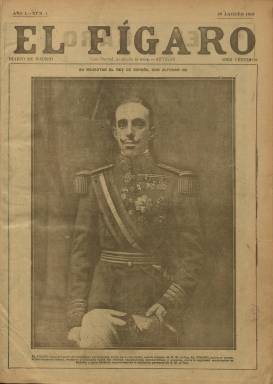
Título: El Fígaro (Madrid. 1918)
Colección: Periódicos
Ámbito geográfico: Madrid
Lugar de publicación: Madrid
Fechas: 15/08/1918-01/04/1920

“Diario de Madrid” y “diario gráfico de información” son los subtítulos que adopta este periódico matutino, que saldrá todos los días de la semana y que por su formato tabloide se acerca al estilo del magacín, “fastuoso en su presentación” –a juicio de su coetáneo El Sol–, de veinte páginas por número, profusa y magistralmente ilustradas con fotografías (Seoane y Saiz: 1996) y con un precio de venta de diez céntimos, el doble que el habitual, que comenzó a publicarse tres meses antes de finalizar la primera guerra mundial. Sus fundadores y propietarios fueron un joven y rico uruguayo, Manuel Allende, y el industrial del textil catalán José María de Boét, poniéndose su hermano –Andrés Boét– al frente de la dirección. El redactor-jefe será el poeta, dramaturgo y periodista Enrique López Alarcón (1891-1948), y su primer gerente, Miguel de Maeztu Whitney (hermano de Ramiro de Maeztu). Contó con talleres de impresión propios y llegará a tirar hasta seis ediciones, siendo la primera la difundida en provincias. Por la misma época, mientras Allende fundará y financiará también la revista literaria Cosmópolis (1919-1922), los hermanos Boét se harán asimismo con la propiedad y dirección del diario madrileño El Mundo (1907), a la vez que Andrés obtiene acta de diputado por el partido liberal.

En su primer número, del 15 de agosto de 1918, bajo la fotografía de Alfonso XIII, que ocupa completa su portada, además de acatar la “legalidad monárquica”, El Fígaro se declara "ardientemente liberal, moderno y avanzado hasta las últimas aspiraciones democráticas y sociales”. Igualmente dedicará gran atención a la vida social de la Familia Real, como fueron sus actividades veraniegas, con excelentes reportajes fotográficos, al tiempo que en sus primeros meses y como aliadófilo difundirá profusamente el material gráfico proporcionado por los servicios de propaganda de los países en guerra –especialmente de Estados Unidos– contra los de la Tripe Alianza. Asimismo, su actitud pro-feminista se verá reflejada en una sección bajo el epígrafe Mujeres en la guerra o en los textos de una de sus redactoras habituales, María de Lluria, considerada una de las primeras feministas españolas y a la que se le llega a llamar “la marquesa roja”. Tras finalizar la guerra, el 23 de noviembre de 1918 sacará un número extraordinario, de 88 páginas, dedicado al armisticio bajo el título El Número de la paz.

La situación social y la actividad sindical obrera y huelguística fueron otras de las cuestiones a las que prestó atención, con reportajes como los que publica sobre los suburbios madrileños, y dedicará también especial atención a las actividades del Partido Socialista Obrero Español (PSOE), como fue la celebración de su congreso federal. Es más, entre sus colaboradores asiduos contó desde el principio con el minero, tipógrafo y escritor socialista Eduardo Torralba Beci (1881-1929), al que se sumarán Indalecio Prieto (1883-1962), Oscar Pérez Solís (1882-1951) o Margarita Nelken (1894-1968). Uno de sus articulistas más destacados llegará a ser Luis Araquistáin (1886-1959), pero también entre sus colaboradores estuvieron Felipe Sassone (1884-1959), Manuel Abril (1884-1843), Ricardo Fuente Asencio (1866-1925) o Royo Villanueva. Asimismo publica textos de Rafael Altamira (1866-1951), Salvador de Madariaga (1886-1978) o Luis Bello (1872-1935).

Durante el tiempo que duró el conflicto europeo, sus principales páginas ilustradas (las primeras y las últimas principalmente, con fotos y pies de texto) estarán dedicadas a secciones como Notas de la guerra, Miscelánea gráfica o Actualidad gráfica. Las restantes, compuestas a cinco columnas, las ocuparán los artículos, reportajes, crónicas, informaciones y noticias, con secciones como La política del día, Las rutas de América, El mundo en guerra, Última hora (noticias recibidas por correo, telégrafo o teléfono) o las cotizaciones de las bolsas de Madrid, Bilbao, París, Londres o Lisboa. Tendrá sección de Deportes y turismo y publicará crónicas de modas, taurinas, municipales y parlamentarias, además de insertar caricaturas y humor gráfico, así como numerosas inserciones de anuncios publicitarios. Tras acabar la guerra, su paginación se reducirá, generalmente, a dieciséis páginas, e irá mermando también el número de fotografías publicadas. Incluso, llega a contar con una especie de suplemento bajo el título Jueves literario, en donde aparecen textos de Miguel de Unamuno (1864-1936), Manuel Machado (1874-1947), Enrique Díez Canedo (1879-1944), José Pérez Bojart (1882-) o Miguel de Castro.

Andrés González Blanco (1884-1924) será autor de la crítica literaria; Bernardo González de Candano (1881-1967) y, ocasionalmente, José María Carretero (1880-1951), de la teatral; Rogelio Villar escribirá sobre música; Manuel Azaña (1880-1940) publica artículos desde París a partir de noviembre de 1919, y también lo hará como redactor-corresponsal José Jerique (-1932); Julio Álvarez del Vayo (1891-1975) lo hará como corresponsal en Berlín; Mario Aguilar (1883-1950) escribirá una crónica mensual catalana, y Josep Pla (1897-1981) publicará en El Fígaro sus primeras colaboraciones periodísticas en la prensa madrileña.

A partir del 22 de octubre de 1919, el ingeniero Carlos Ibáñez de Íbero (1882-1922) asume la dirección-gerencia, y en el artículo en el que da cuenta de este cambio reitera el diario su adhesión a las instituciones, muestra su celo defensor de la Monarquía y la legalidad, y se reitera liberal y demócrata pero alejado de cualquier partidismo. Aun así, mostrará su oposición a Francisco Cambó (1876-1947) y Antonio Maura (1853-1923), apoyando claramente al líder de Izquierda Liberal, Santiago Alba (1872-1949), declarándose favorable a un gobierno de coalición radical-socialista. También denunciará con ahínco el “peligro bolchevique” y mostrará su entusiasmo anticomunista.

La propiedad de la sociedad anónima editora del diario sería adquirida a bajo precio por dos compañías mineras de capital francés: Real Asturiana y Peñarroya, de la que era accionista el conde de Romanones, Álvaro Figueroa (1863-1950). En su entrega del uno de abril de 1920, anuncia el acuerdo de la junta general de accionistas de la empresa de suspender “temporalmente” la publicación del diario, siendo esta definitiva.

Aunque en la Estadística oficial de 1920 indica una tirada de 30.000 ejemplares diarios, según otras fuentes, su venta debió estar entre los siete u ocho mil. Bajo su cabecera estampará la leyenda “Con libertad, ni ofendo ni temo” (Artigas), y pese a que la de su página de cierre expresa “segunda época”, se trata de un diario completamente distinto al que con igual título estuvo también publicándose en Madrid entre 1879 y 1883, que también forma parte de la colección de la Biblioteca Nacional de España.